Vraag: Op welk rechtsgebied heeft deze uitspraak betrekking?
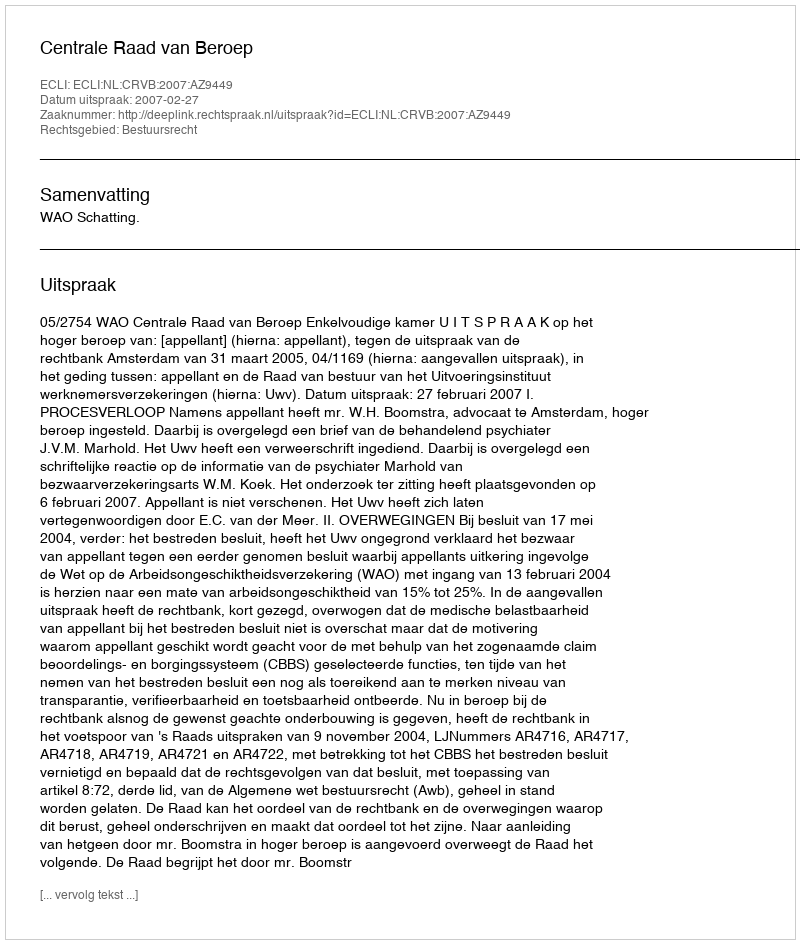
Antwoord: Bestuursrecht